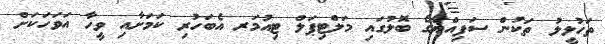
ތަހުލީލު ތަކުން ސަފިއްޔާގެ ބޮލުގައި މަލްޓިޕަލް ޓިއުމަރ އެބަހުރި ކަމަށާއި ވީހާ އަވަހަކަށް